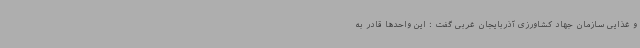
و غذایی سازمان جهاد کشاورزی آذربایجان غربی گفت : این واحدها قادر به